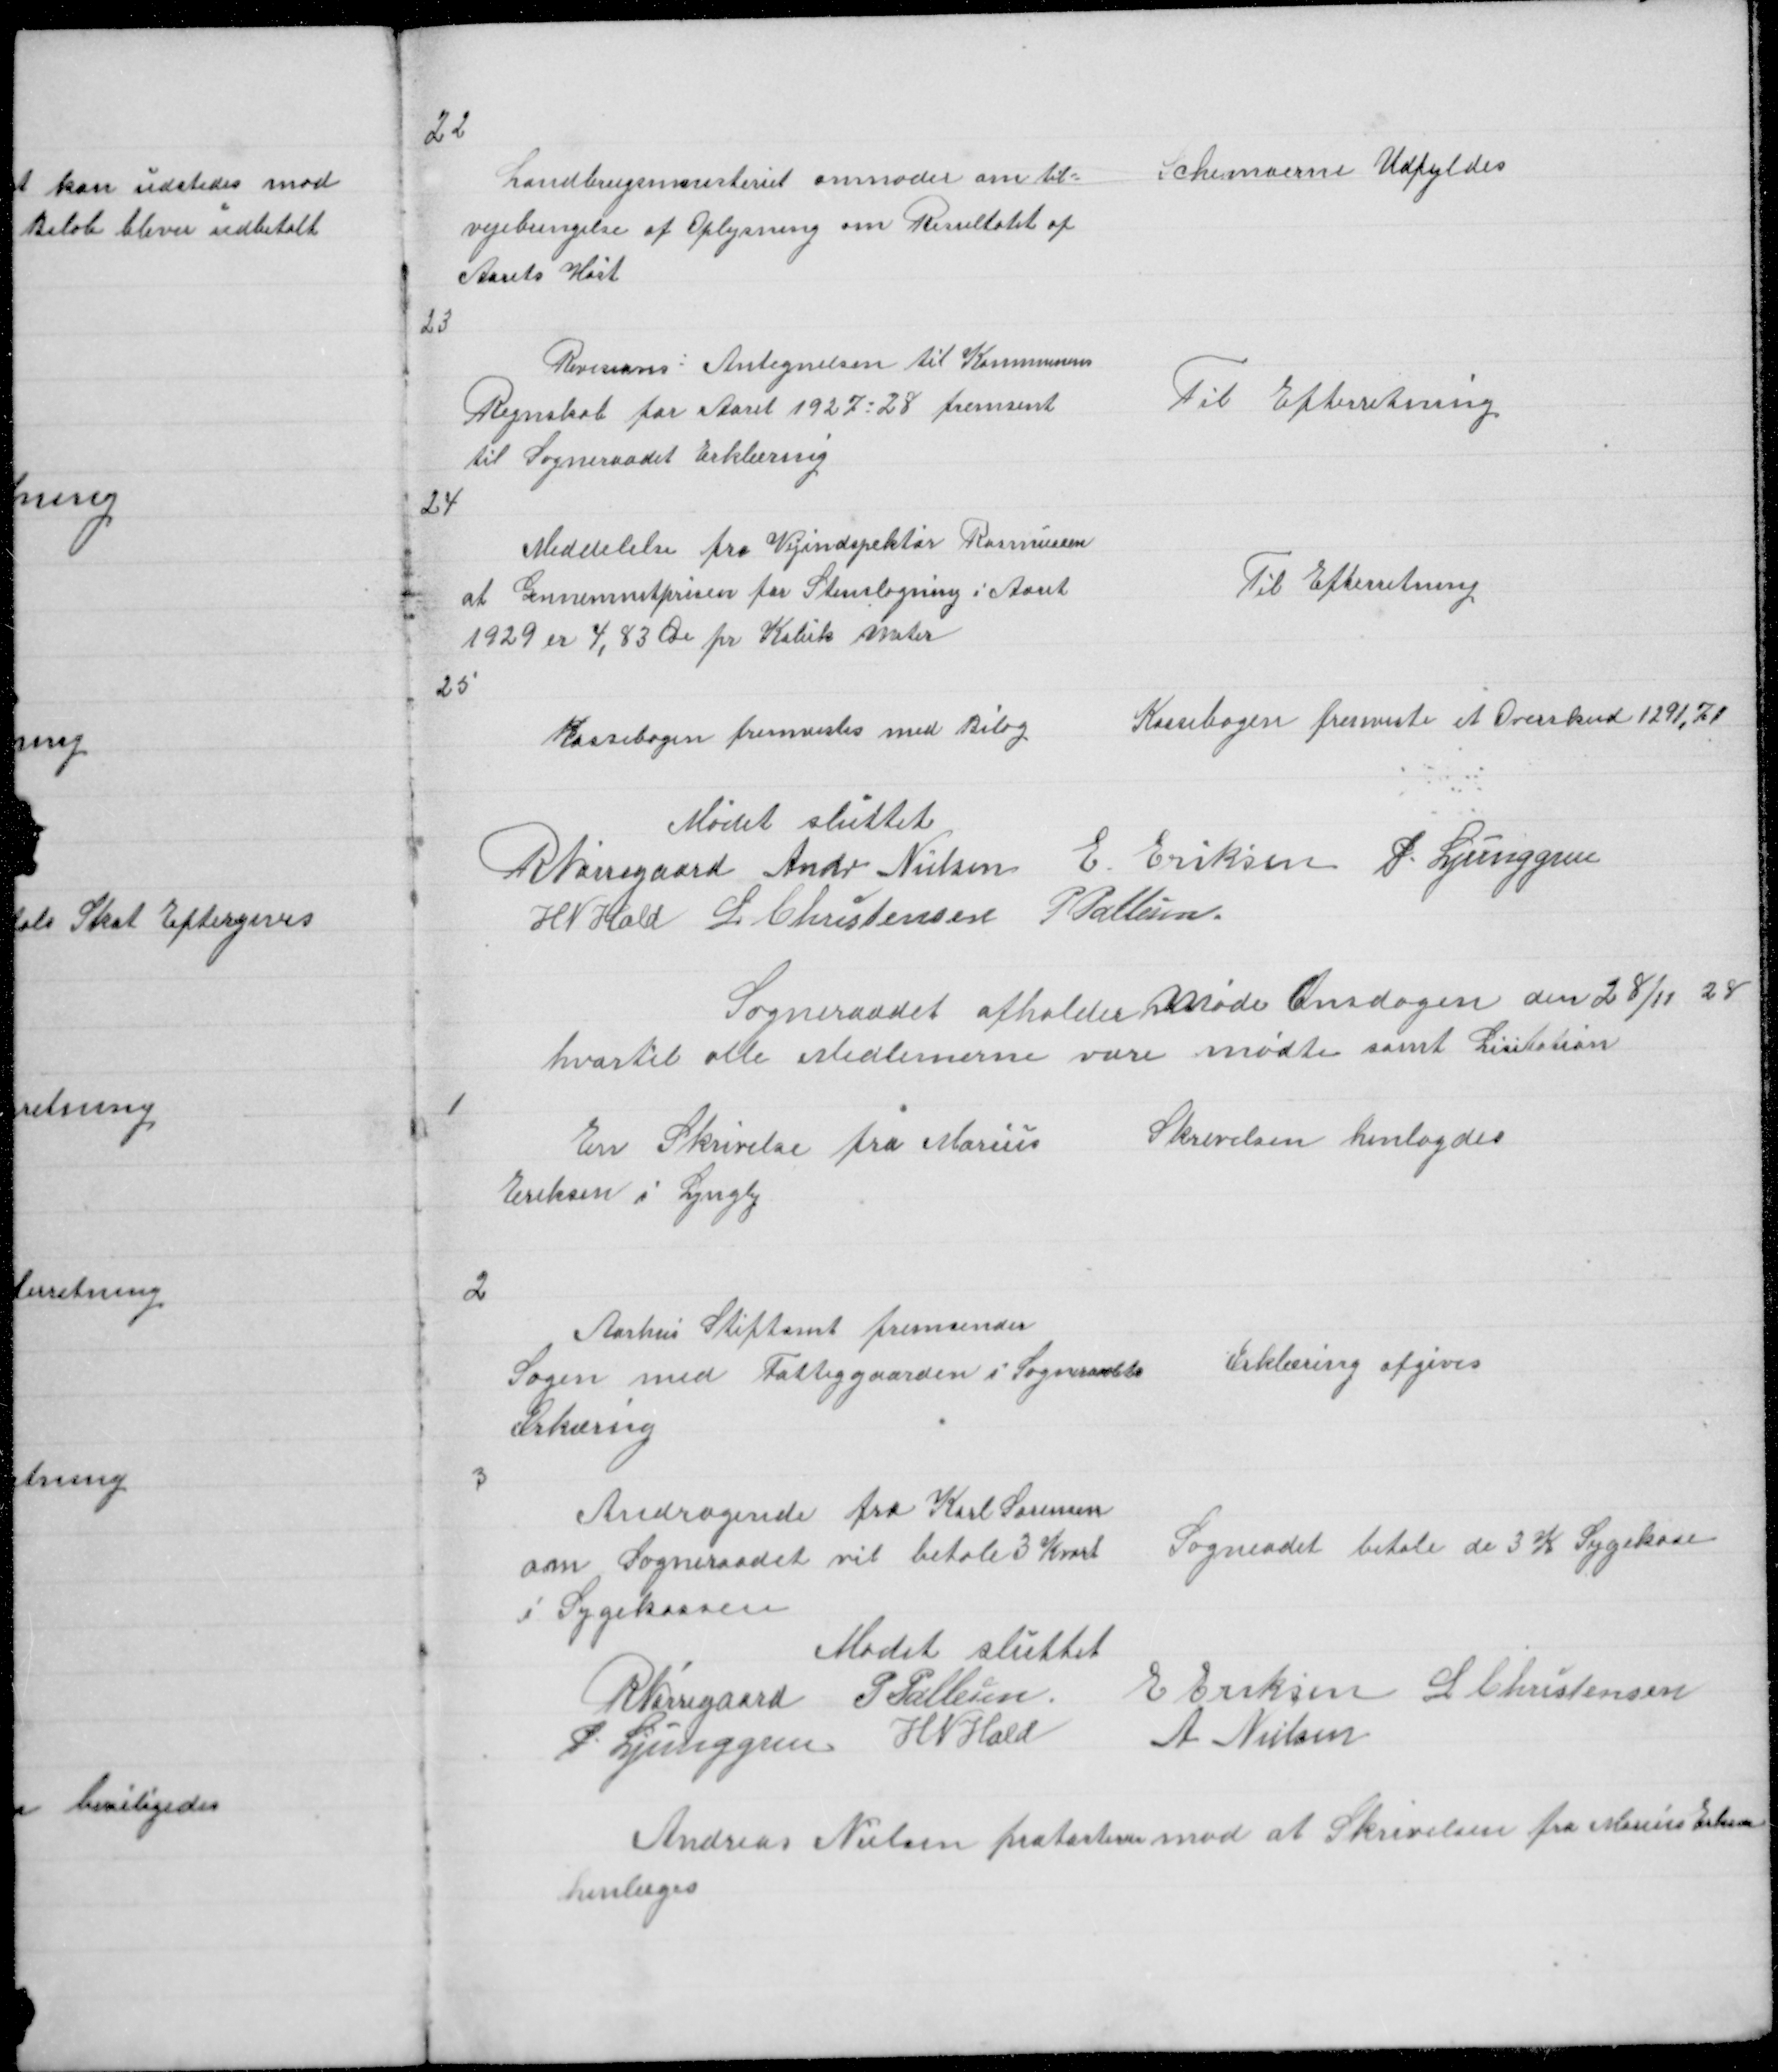
Transskription:
22

Landbrugsministeriet anmoder om til =
vejebringelse af Oplysning om Resultatet af
Aarets Høst

Schemaerne Udfyldes

23

Revisions Antegnelsen til Kommunens
Regnskab for Aaret 1927 - 28 fremsent
til Sogneraadet Erklæring

Til Efterretning

24

Meddelelse fra Vejindspektør Rasmussen
at Gennemsnitprisen for Stenslagning i Aaret
1929 er 4,83 Øre pr Kubik Meter

Til Efterretning

25

Kassebogen fremvistes med Bilag

Kassebogen fremviste et Overskud 1291,71

Mødet sluttet
R Nørregaard Andr Nielsen E Eriksen P. Ljunggren
H N Hald L Christensen P Pallesen

Sogneraadet afholder Møde Onsdagen den 28/11 28
hvortil alle Medlemerne vare mødte samt Licitation

1

En Skrivelse fra Marius
Eriksen i Lyngby

Skrivelsen henlagdes

2

Aarhus Stiftamt fremsender
Sagen med Fattiggaarden i Sogneraadets
Ærkæring

Erklæring afgives

3

Andragende fra Karl Sørensen
om Sogneraadet vil betale 3 Kvart
i Sygekassen
Mødet sluttet
R Nørregaard P Pallesen
P Ljunggren H N Hald

Sogneradet betale de 3 K Sygekase

E Eriksen L Christensen
A Nielsen

Andreas Nielsen protasterede mod at Skrivelsen fra Marius Eriksen
henlagdes